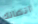
اتصالك